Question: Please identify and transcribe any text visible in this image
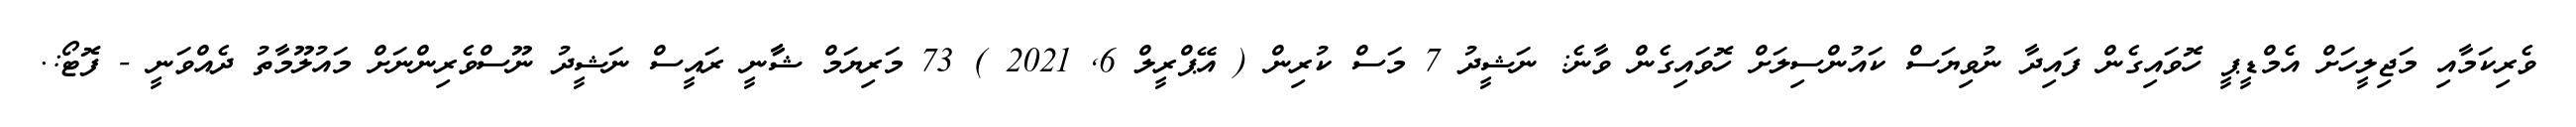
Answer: ވެރިކަމާއި މަޖިލީހަށް އެމްޑީޕީ ހޮވައިގެން ފައިދާ ނުވިޔަސް ކައުންސިލަށް ހޮވައިގެން ވާނެ: ނަޝީދު 7 މަސް ކުރިން ( އޭޕްރީލް 6, 2021 ) 73 މަރިޔަމް ޝާާނީ ރައީސް ނަޝީދު ނޫސްވެރިންނަށް މައުލޫމާތު ދެއްވަނީ - ފޮޓޯ:.